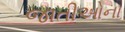
જાતીઓના